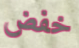
خفض